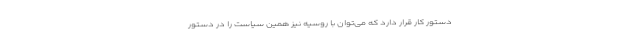
دستور کار قرار دارد که می‌توان با روسیه نیز همین سیاست را در دستور